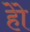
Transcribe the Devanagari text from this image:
हेेो